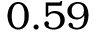
0 . 5 9